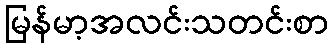
မြန်မာ့အလင်းသတင်းစာ